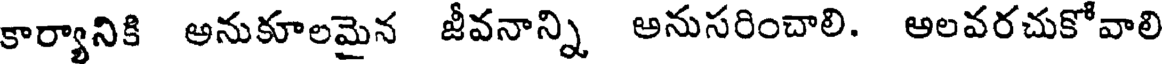
కార్యానికి అనుకూలమైన జీవనాన్ని అనుసరించాలి. అలవరచుకోవాలి